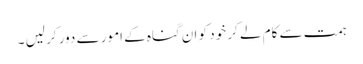
ہمت سے کام لے کر خود کو ان گناہ کے امور سے دور کر لیں ۔